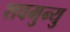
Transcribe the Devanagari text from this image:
शवमुन्यु